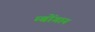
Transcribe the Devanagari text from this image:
म्बोंगान